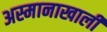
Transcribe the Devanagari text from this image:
अस्मानाखाली